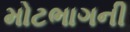
મોટભાગની